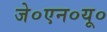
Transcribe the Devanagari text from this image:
जे०एन०यू०